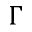
\Gamma